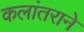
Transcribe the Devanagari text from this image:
कलांतराने